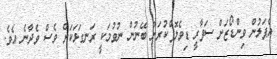
އެޕަލުން ވިންޑޯޒަށް ސަފާރީ ޑިވެލޮޕްކުރަން ބޭނުން ނުވުމަކީ ރަނގަޅަކަށް ވެސް ވެދާނެ އެވެ.